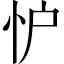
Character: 𢗼